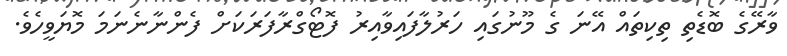
ވާރޭގެ ބޮޑެތި ތިކިތައް އޭނަ ގެ މޫނުގައި ހަރުލާފައިވާއިރު ފޮޓޯގްރާފަރަކަށް ފެންނާނެނަމަ މޮޔަވީހެވެ.